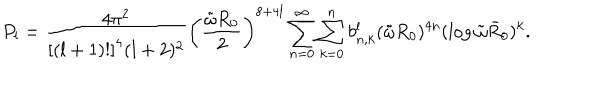
P _ { l } = { \frac { 4 \pi ^ { 2 } } { \left[ ( l + 1 ) ! \right] ^ { 4 } ( l + 2 ) ^ { 2 } } } \left( { \frac { \tilde { \omega } R _ { 0 } } { 2 } } \right) ^ { 8 + 4 l } \sum _ { n = 0 } ^ { \infty } \sum _ { k = 0 } ^ { n } b _ { n , k } ^ { l } ( \tilde { \omega } R _ { 0 } ) ^ { 4 n } ( \log \tilde { \omega } \bar { R } _ { 0 } ) ^ { k } .